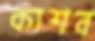
কাশব